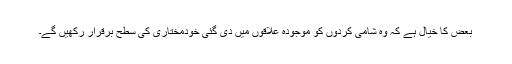
بعض کا خیال ہے کہ وہ شامی کردوں کو موجودہ علاقوں میں دی گئی خودمختاری کی سطح برقرار رکھیں گے۔